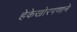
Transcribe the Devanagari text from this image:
हेकेखोरपणाने